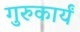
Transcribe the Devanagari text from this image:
गुरुकार्यं